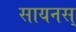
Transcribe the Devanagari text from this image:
सायनस्